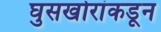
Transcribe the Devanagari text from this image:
घुसखोरांकडून